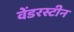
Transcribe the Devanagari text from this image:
वेंडरस्टीन